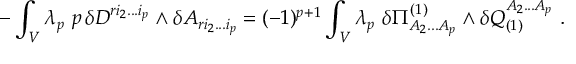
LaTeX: - \int _ { V } \lambda _ { p } \ p \, \delta D ^ { r i _ { 2 } . . . i _ { p } } \wedge \delta A _ { r i _ { 2 } . . . i _ { p } } = ( - 1 ) ^ { p + 1 } \int _ { V } \lambda _ { p } \ \delta \Pi _ { A _ { 2 } . . . A _ { p } } ^ { ( 1 ) } \wedge \delta Q _ { ( 1 ) } ^ { A _ { 2 } . . . A _ { p } } \ .